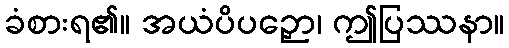
ခံစားရ၏။ အယံပိပဉှော၊ ဤပြဿနာ။